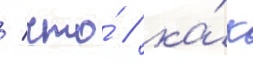
/ что́ / ка́к